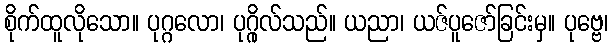
စိုက်ထူလိုသော။ ပုဂ္ဂလော၊ ပုဂ္ဂိုလ်သည်။ ယညာ၊ ယဇ်ပူဇော်ခြင်းမှ။ ပုဗ္ဗေ၊